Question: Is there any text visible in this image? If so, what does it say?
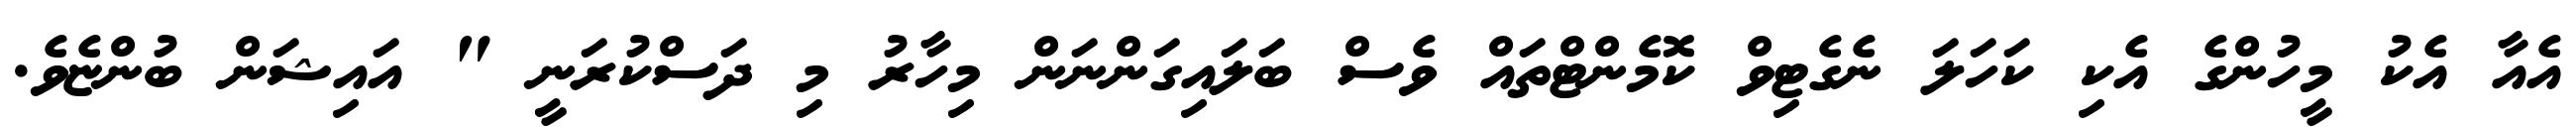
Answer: އެއާ އެކު މީހުންގެ އެކި ކަހަލަ ނެގެޓިވް ކޮމެންޓްތައް ވެސް ބަލައިގަންނަން މިހާރު މި ދަސްކުރަނީ " އައިޝަން ބުންޏެވެ.